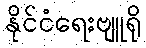
နိုင်ငံရေးဗျူရို